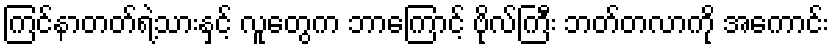
ကြင်နာတတ်ရဲ့သားနှင့် လူတွေက ဘာကြောင့် ဗိုလ်ကြီး ဘတ်တလာကို အကောင်း